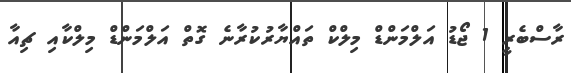
ރާސްބެރީ 1 ޖޯޑު އަލްމަންޑް މިލްކް ތައްޔާރުކުރާނެ ގޮތް އަލްމަންޑް މިލްކާއި ޗިއާ